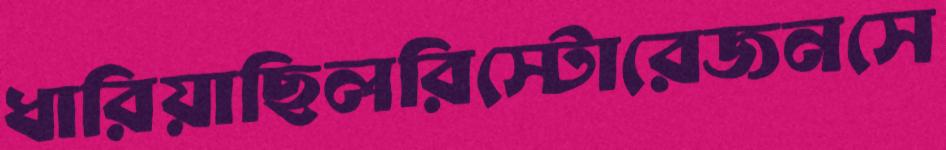
ধারিয়াছিলরিস্টোরেজনসে